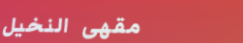
مقهى النخيل